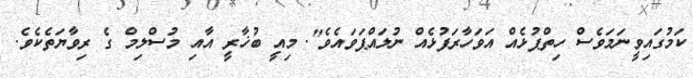
ކަމުގައިވީނަމަވެސް ހިތްޕުޅެއް އަވަހާރަފުޅެއް ނުލައްޕަވައެވެ". މިއީ ބުޚާރީ އާއި މުސްލިމް ގެ ރިވާޔަތެކެވެ.